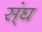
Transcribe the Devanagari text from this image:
स्ंघ